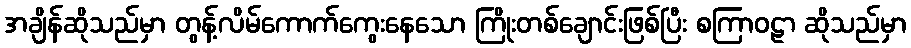
အချိန်ဆိုသည်မှာ တွန့်လိမ်ကောက်ကွေးနေသော ကြိုးတစ်ချောင်းဖြစ်ပြီး စကြာဝဠာ ဆိုသည်မှာ